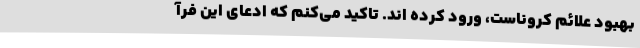
بهبود علائم کروناست، ورود کرده اند. تاکید می‌کنم که ادعای این فرآ